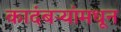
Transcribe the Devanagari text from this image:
कादंबऱ्यांमधून